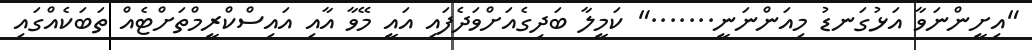
"އިށީންނަވާ އަޅުގަނޑު މިއަންނަނީ......." ކަމީލާ ބަދިގެއަށްވަދެފައި އައީ މޭވާ އާއި އައިސްކްރީމްތަށްޓެއް ތަބަކެއްގައި